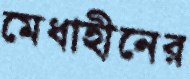
মেধাহীনের